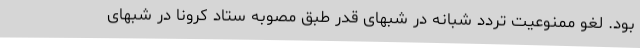
بود. لغو ممنوعیت تردد شبانه در شبهای قدر طبق مصوبه ستاد کرونا در شبهای